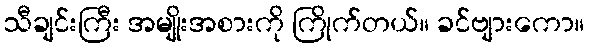
သီချင်းကြီး အမျိုးအစားကို ကြိုက်တယ်။ ခင်ဗျားကော။